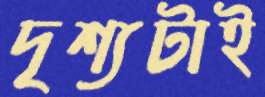
দৃশ্যটাই